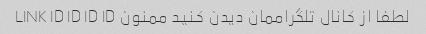
لطفا از کانال تلگراممان دیدن کنید ممنون LINK ID ID ID ID